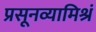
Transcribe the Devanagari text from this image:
प्रसूनव्यामिश्रं